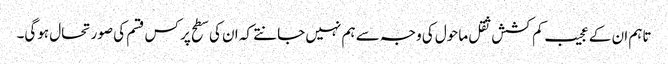
تاہم ان کے عجیب کم کشش ثقل ماحول کی وجہ سے ہم نہیں جانتے کہ ان کی سطح پر کس قسم کی صورتحال ہوگی۔